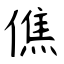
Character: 僬